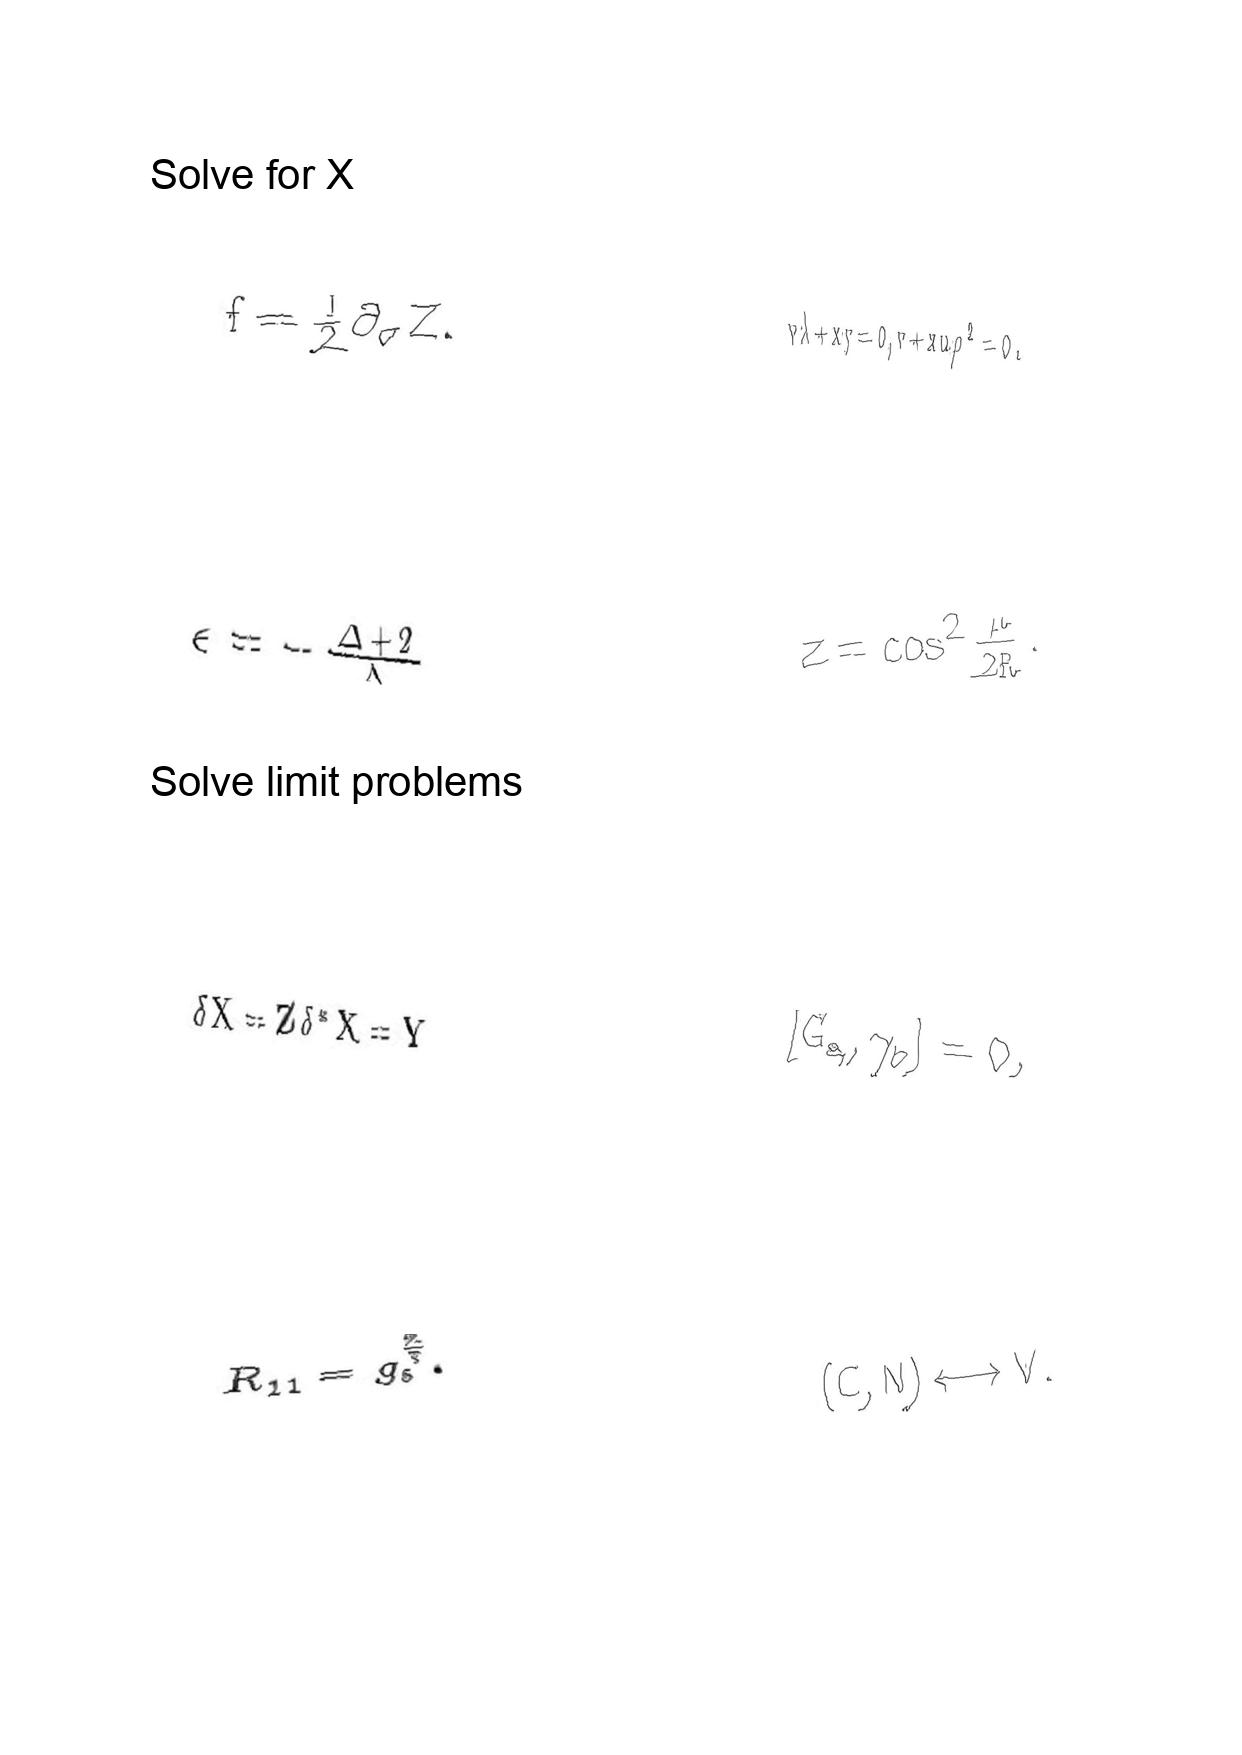
LaTeX transcription:
f = \frac { 1 } { 2 } \partial _ { \sigma } Z .
\epsilon = - \frac { \Delta + 2 } { \Delta }
\delta X = Z \delta ^ { \ast } X = Y
R _ { 1 1 } = g _ { s } ^ { \frac { 2 } { 3 } } .
v \lambda + x y = 0 , v + x u \rho ^ { 2 } = 0 .
z = \cos ^ { 2 } \frac { \mu } { 2 R } .
\lbrack G _ { a } , \gamma _ { b } \rbrack = 0 ,
\lparen C , N \rparen \longleftrightarrow V .